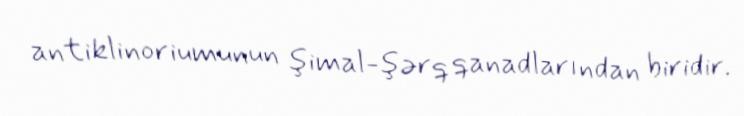
antiklinoriumunun şimal-şərq qanadlarından biridir.